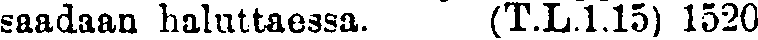
saadaan haluttaessa. (T.L.1.15) 1520